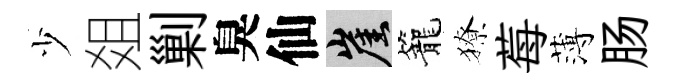
少爼剿臭仙崖籠獠莓薄肠